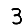
Digit: 3